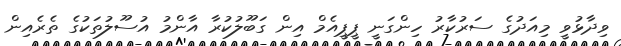
ވިދާޅުވީ މިއަދުގެ ސަރުކާރު ހިންގަނީ ޕީޕީއެމް އިން ގަބޫލުކުރާ އާންމު އުސޫލުތަކުގެ ތެރެއިން